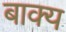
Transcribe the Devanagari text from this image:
बाक्य